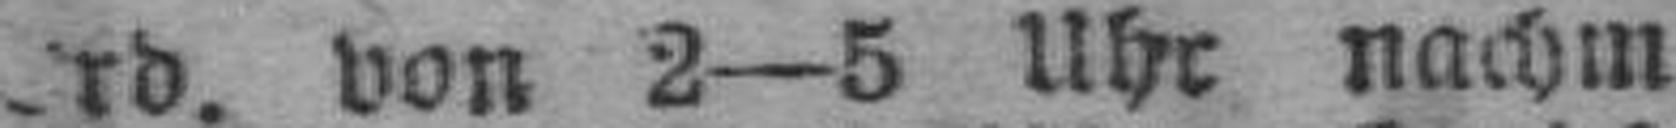
###rd. von 2—5 Uhr nachm